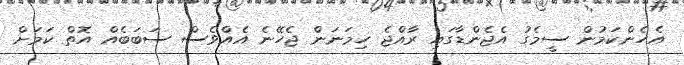
އެހެންކަމުން ސީމެގު އެޖެންޑާގައި ރާއްޖެ ހިމަނަން ޖެހޭނެ އެއްވެސް ސަބަބެއް އޮތް ކަމަށް